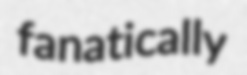
fanatically